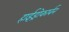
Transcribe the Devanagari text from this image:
हाईड्रोकार्बन